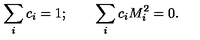
\sum _ { i } c _ { i } = 1 ; \qquad \sum _ { i } c _ { i } M _ { i } ^ { 2 } = 0 .